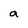
Character: a